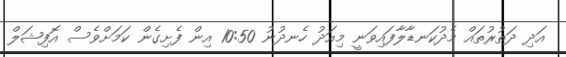
އަދި ދަތުރުތައް މެދުކަނޑާލާފައިވަނީ މިއަދު ހެނދުނު 10:50 އިން ފެށިގެން ކަމަށްވެސް އޮފިޝަލް